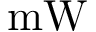
\mathrm { m W }